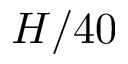
H / 4 0